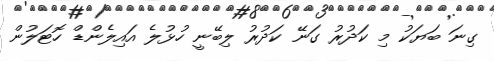
ގިނަ ބަޔަކު މި ކަދުރު ގަނޭ ކަދުރު ލިބޭނީ ހުޅުލެ އައިލެންޑް ހޮޓަލުން